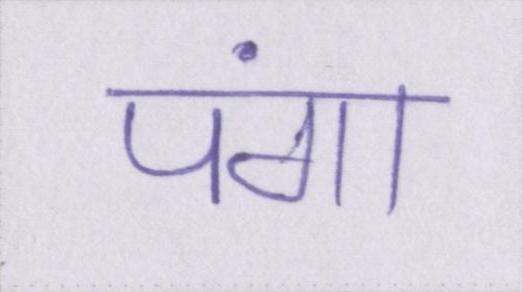
पंगा